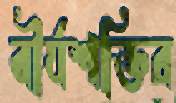
বীর্যশক্তির